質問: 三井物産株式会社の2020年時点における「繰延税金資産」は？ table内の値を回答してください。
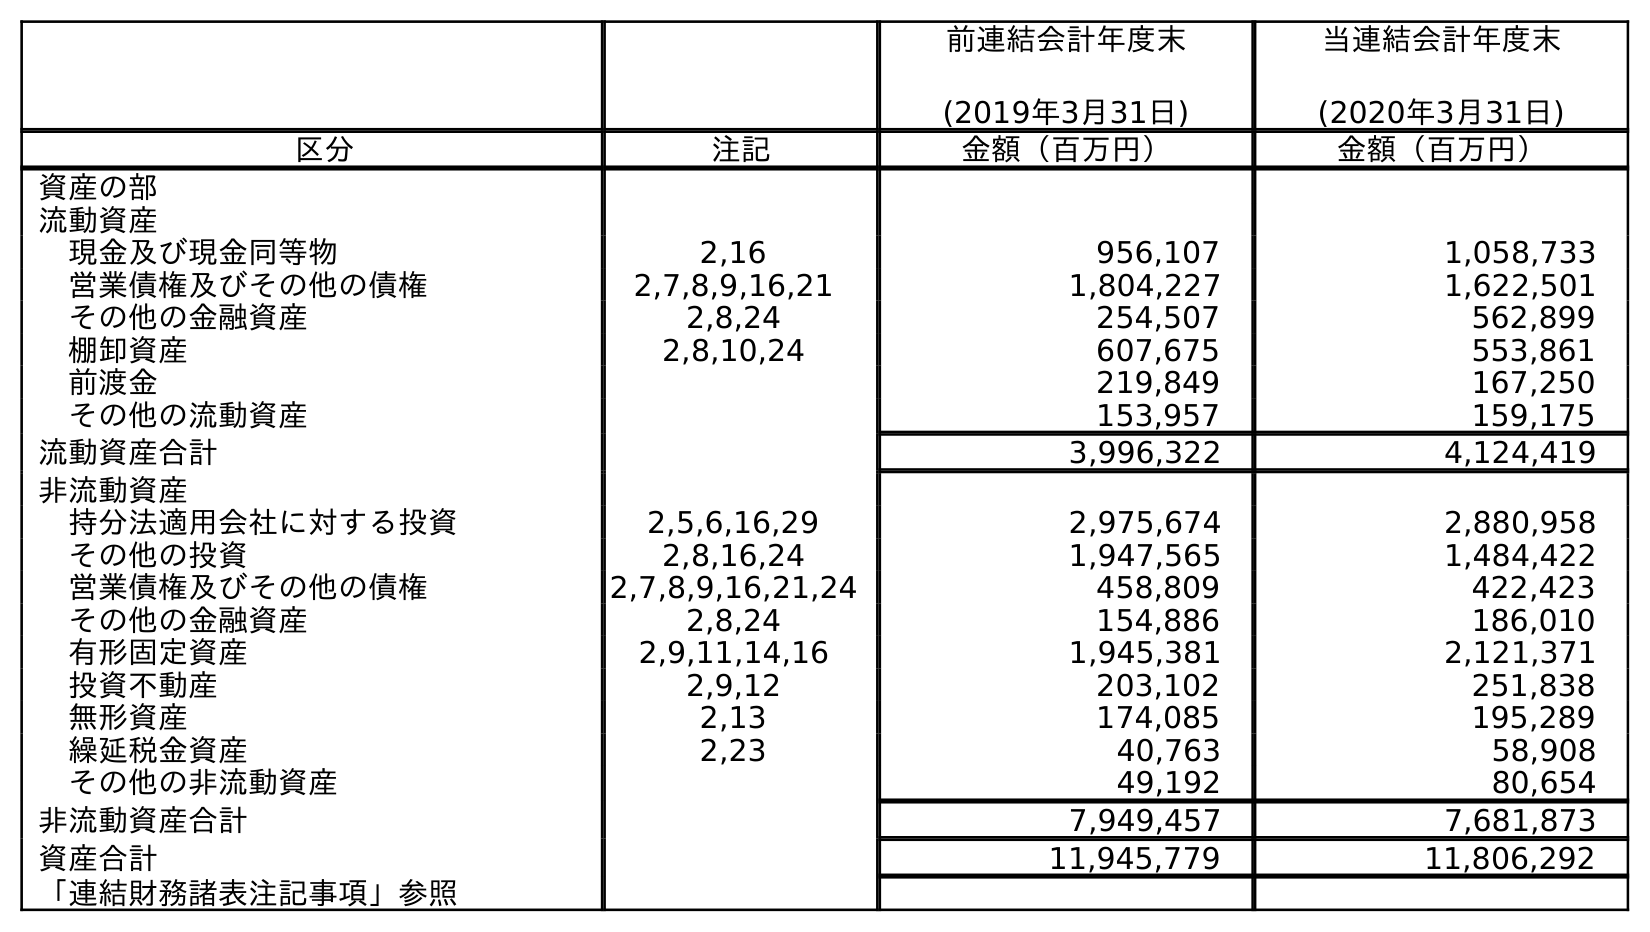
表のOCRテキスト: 前連結会計年度末 (2019年3月31日) 当連結会計年度末 (2020年3月31日) 区分 注記 金額（百万円） 金額（百万円） 資産の部 流動資産 現金及び現金同等物 2,16 956,107 1,058,733 営業債権及びその他の債権 2,7,8,9,16,21 1,804,227 1,622,501 その他の金融資産 2,8,24 254,507 562,899 棚卸資産 2,8,10,24 607,675 553,861 前渡金 219,849 167,250 その他の流動資産 153,957 159,175 流動資産合計 3,996,322 4,124,419 非流動資産 持分法適用会社に対する投資 2,5,6,16,29 2,975,674 2,880,958 その他の投資 2,8,16,24 1,947,565 1,484,422 営業債権及びその他の債権 2,7,8,9,16,21,24 458,809 422,423 その他の金融資産 2,8,24 154,886 186,010 有形固定資産 2,9,11,14,16 1,945,381 2,121,371 投資不動産 2,9,12 203,102 251,838 無形資産 2,13 174,085 195,289 繰延税金資産 2,23 40,763 58,908 その他の非流動資産 49,192 80,654 非流動資産合計 7,949,457 7,681,873 資産合計 11,945,779 11,806,292 「連結財務諸表注記事項」参照
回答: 58,908